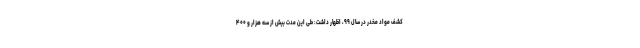
کشف مواد مخدر در سال ۹۹، اظهار داشت: طی این مدت بیش از سه هزار و ۴۰۰